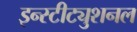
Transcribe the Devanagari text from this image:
इन्स्टीट्युशनल